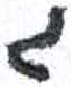
אות: ג